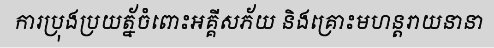
ការប្រុងប្រយត្ន័ចំពោះអគ្គីសភ័យ និងគ្រោះមហន្តរាយនានា